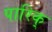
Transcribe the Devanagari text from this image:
पारिक्